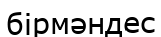
бірмәндес